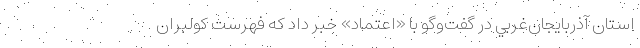
استان آذربايجان‌غربي در گفت‌وگو با «اعتماد» خبر داد كه فهرست كولبران